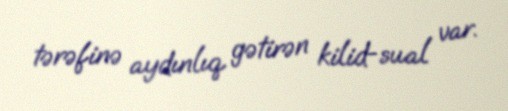
tərəfinə aydınlıq gətirən kilid-sual var.